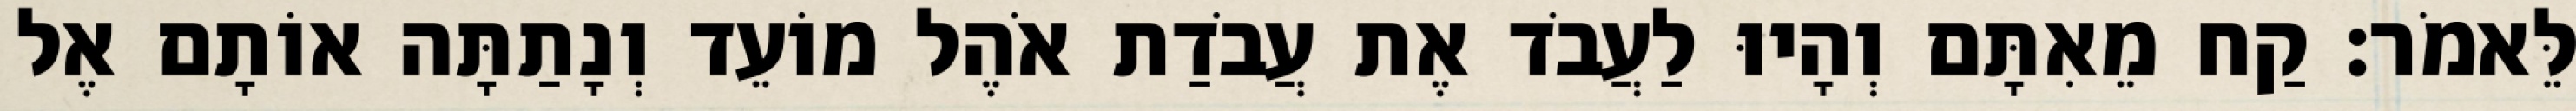
לֵּאמֹר׃ קַח מֵאִתָּם וְהָיוּ לַעֲבֹד אֶת עֲבֹדַת אֹהֶל מוֹעֵד וְנָתַתָּה אוֹתָם אֶל